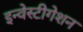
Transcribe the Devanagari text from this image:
इन्वेस्टीगेशन